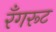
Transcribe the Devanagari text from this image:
रँगरूट